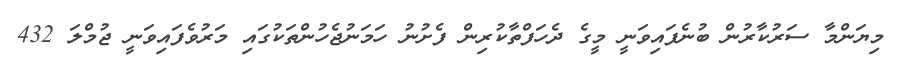
މިޔަންމާ ސަރުކާރުން ބުނެފައިވަނީ މީގެ ދެހަފްތާކުރިން ފެށުނު ހަމަނުޖެހުންތަކުގައި މަރުވެފައިވަނީ ޖުމްލަ 432